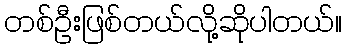
တစ်ဦးဖြစ်တယ်လို့ဆိုပါတယ်။